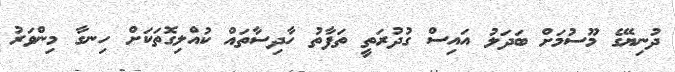
ދުނިޔޭގެ މޫސުމަށް ބަދަލު އައިސް ގުދުރަތީ ތަފާތު ހާދިސާތައް ކުއްލިގޮތަކަށް ހިނގާ މިންވަރު